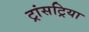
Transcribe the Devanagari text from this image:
ट्रांसट्रिया